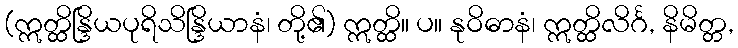
(ဣတ္ထိန္ဒြိယပုရိသိန္ဒြိယာနံ၊ တို့၏) ဣတ္ထိ။ ပ။ နုဝိဓာနံ၊ ဣတ္ထိလိင်္ဂ, နိမိတ္တ,